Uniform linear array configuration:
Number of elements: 4
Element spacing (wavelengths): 1
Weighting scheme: uniform
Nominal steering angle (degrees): -60
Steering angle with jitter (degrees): -58.49
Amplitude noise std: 0.05
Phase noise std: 0.05

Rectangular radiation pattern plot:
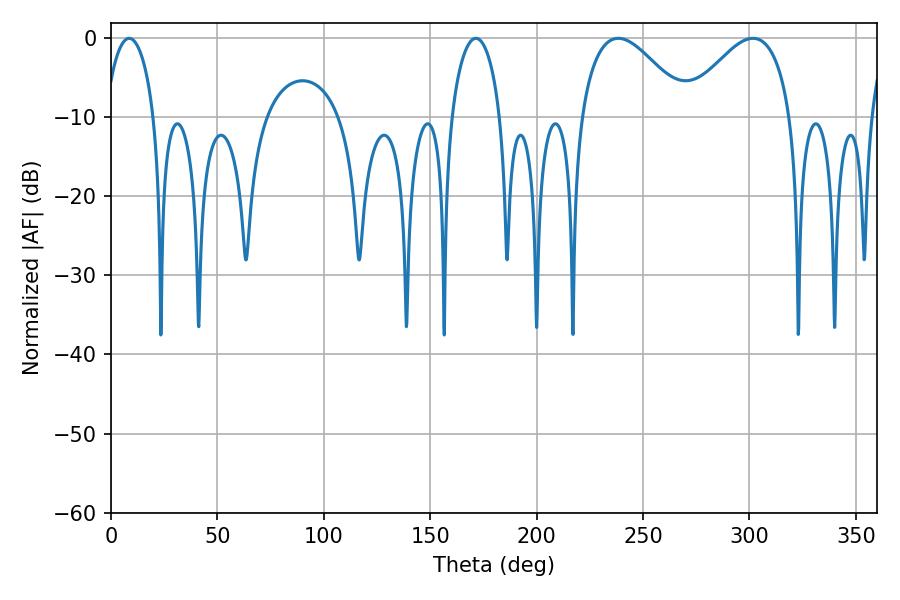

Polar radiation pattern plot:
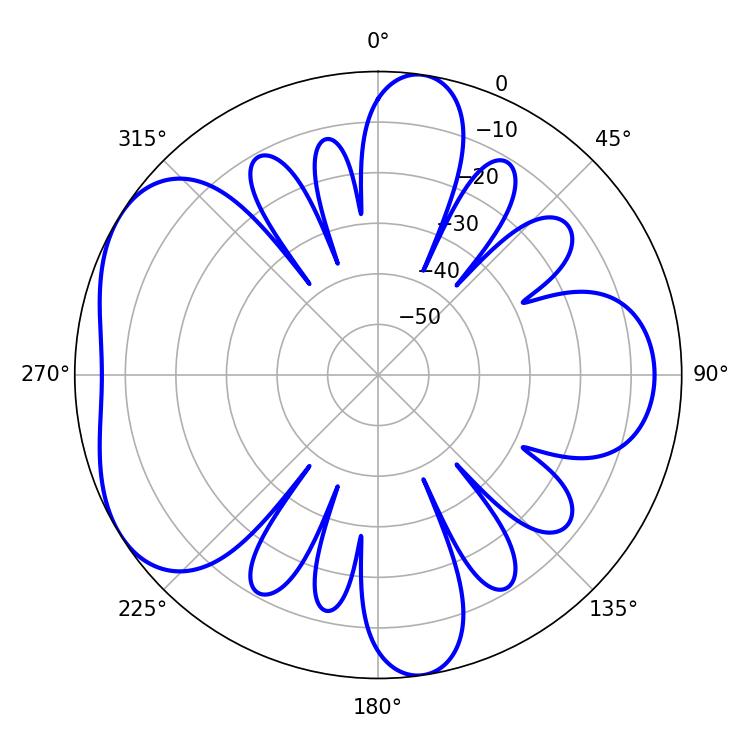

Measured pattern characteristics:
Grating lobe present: TRUE
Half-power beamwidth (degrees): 27.36
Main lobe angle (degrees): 238.32